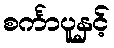
စင်္ကာပူနှင့်